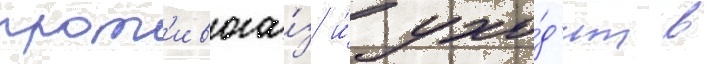
прот'ивога́з и́ ухо́д'ит в